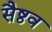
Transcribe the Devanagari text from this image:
सैष्ठव